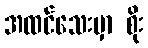
အထင်သေးမှာ စိုး